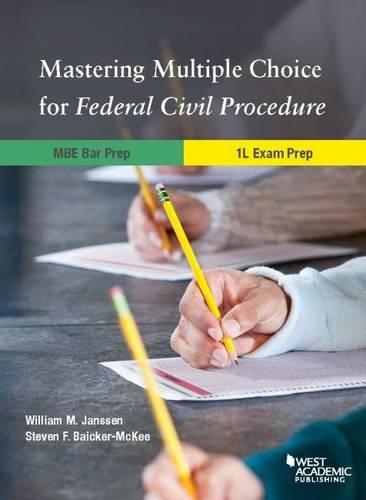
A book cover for Mastering Multiple Choice for Federal Civil Procedure MBE Bar Prep and 1L Exam Pre (Career Guides); William Janssen; Test Preparation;